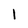
Character: l